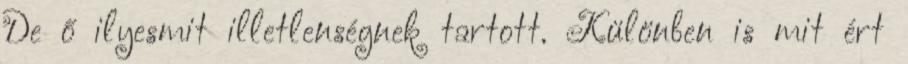
De ő ilyesmit illetlenségnek tartott. Különben is mit ért